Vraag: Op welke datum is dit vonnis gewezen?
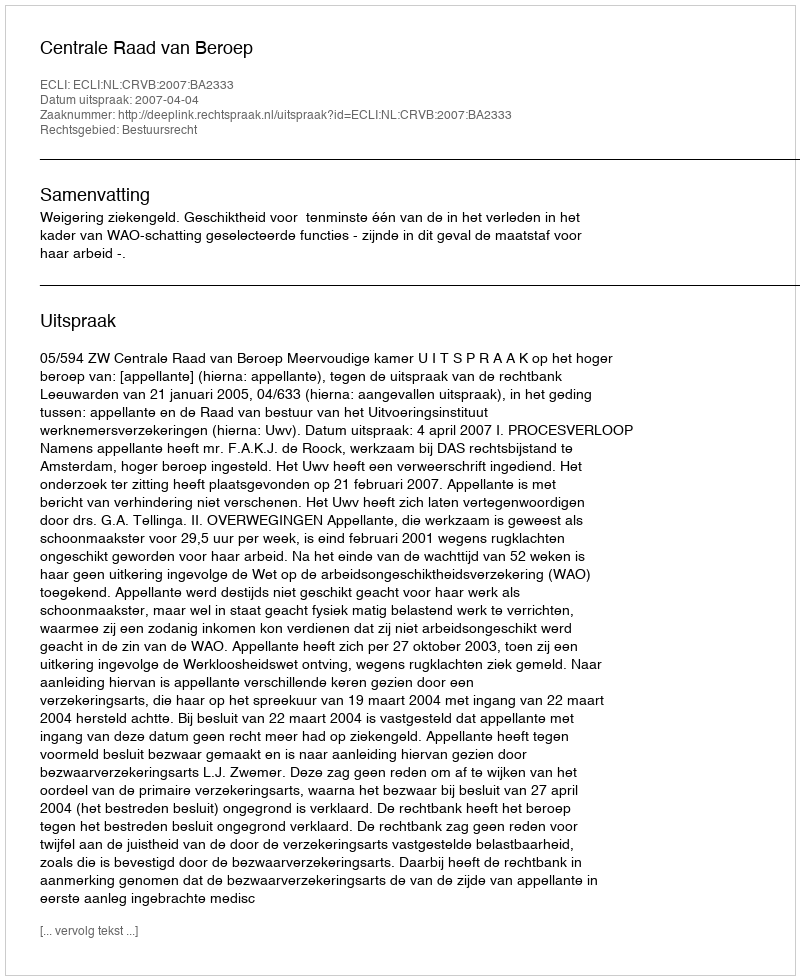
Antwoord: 2007-04-04